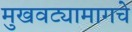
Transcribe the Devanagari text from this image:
मुखवट्यामागचे